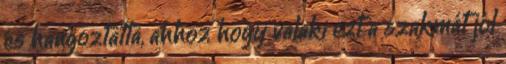
és hangoztatta, ahhoz hogy valaki ezt a szakmát jól